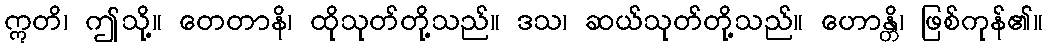
ဣတိ၊ ဤသို့။ တေတာနိ၊ ထိုသုတ်တို့သည်။ ဒသ၊ ဆယ်သုတ်တို့သည်။ ဟောန္တိ၊ ဖြစ်ကုန်၏။